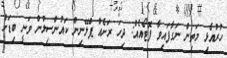
ހުރުއެޅި މަތިން ނަގާފައިވާ ފޮޓޯއެއް: ދިހަ ރަށެއް ޕްލޭނިން ކައުންސިލުން ވަނީ ބިޑަށް